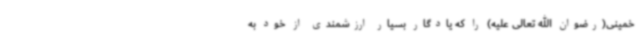
خمینی(رضوان الله تعالی علیه) را که یادگار بسیار ارزشمندی از خود به